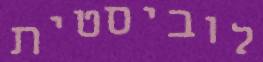
לוביסטית